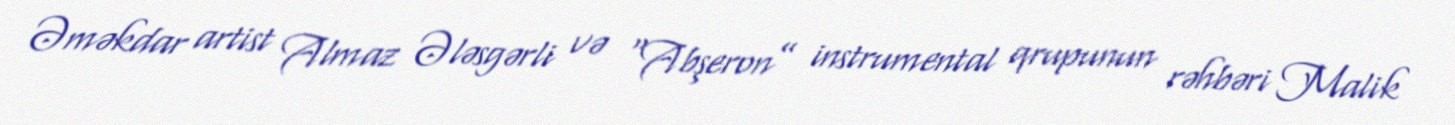
Əməkdar artist Almaz Ələsgərli və “Abşeron” instrumental qrupunun rəhbəri Malik